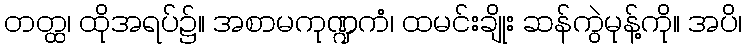
တတ္ထ၊ ထိုအရပ်၌။ အစာမကုဏ္ဍကံ၊ ထမင်းချိုး ဆန်ကွဲမုန့်ကို။ အပိ၊